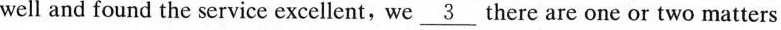
well and found the service excellent,we\underline{3}there are one or two matters